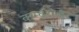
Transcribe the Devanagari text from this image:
कम्ट्रोलर